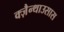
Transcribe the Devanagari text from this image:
क्ज़ैन्थाउसास